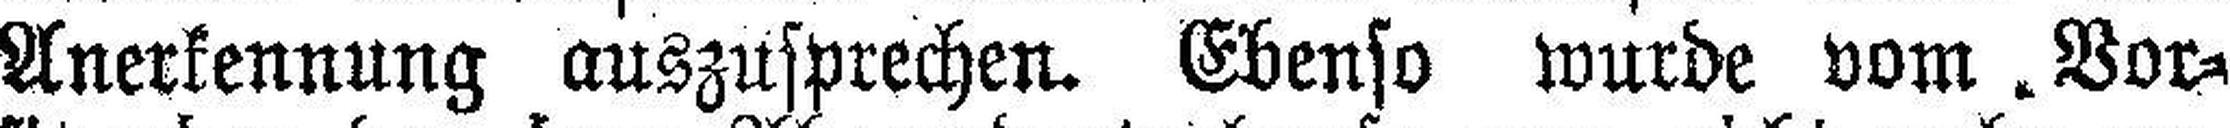
Anerkennung auszusprechen. Ebenso wurde vom Vor¬